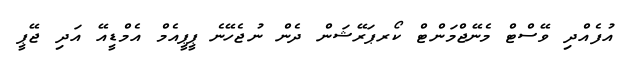
އުފެއްދި ވޭސްޓް މެނޭޖްމަންޓް ކޯރޕަރޭޝަން ދެން ނުޖެހޭނެ ޕީޕީއެމް އެމްޑީއޭ އަދި ޖޭޕީ